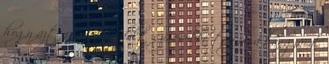
hogy azt az adott dalt színesebbé tegye a hangjával